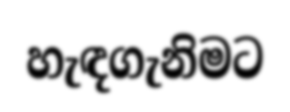
හැඳගැනිමට